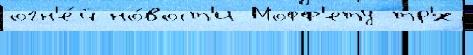
огн'е́й но́вост'и Мофф'ету тр'́х